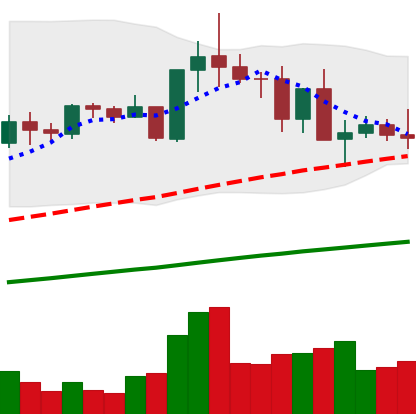
Ticker: TRX-USD
Chart end date: 2021-05-16
Forward return: -34.797%
Label: down_7plus